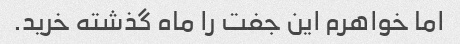
اما خواهرم این جفت را ماه گذشته خرید.